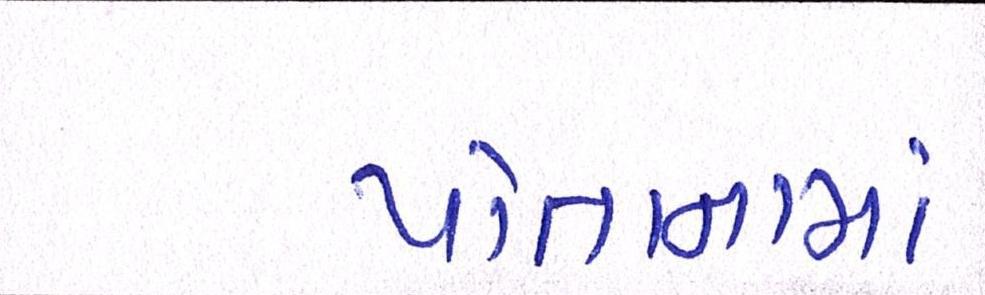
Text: પોતાનામાં